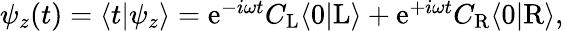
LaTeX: \begin{array}{r}{\psi_{z}(t)=\langle t|\psi_{z}\rangle=\mathrm{e}^{-i\omega t}C_{\mathrm{L}}\langle 0|\mathrm{L}\rangle+\mathrm{e}^{+i\omega t}C_{\mathrm{R}}\langle 0|\mathrm{R}\rangle,}\end{array}